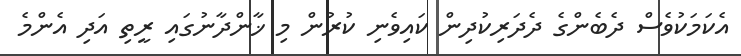
އެކަމަކުވެސް ދެބެންގެ ދެދަރިކުދިން ކައިވެނި ކުރުން މި ޚާންދާނުގައި ރީތި އަދި އެންމެ